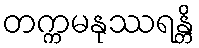
တက္ကမနုဿရန္တိ